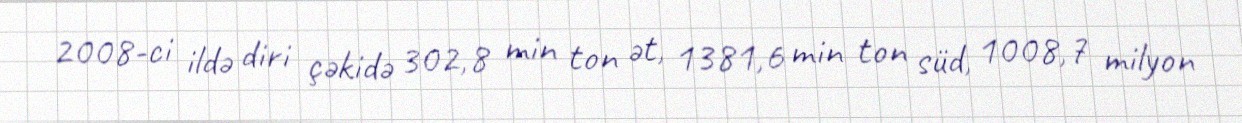
2008-ci ildə diri çəkidə 302,8 min ton ət, 1381,6 min ton süd, 1008,7 milyon